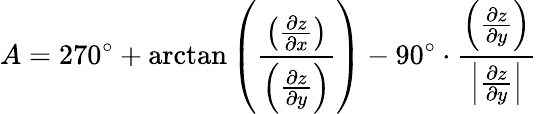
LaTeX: A=270^{\circ}+\arctan\left({\frac{\left({\frac{\partial z}{\partial x}}\right)}{\left({\frac{\partial z}{\partial y}}\right)}}\right)-90^{\circ}\cdot{\frac{\left({\frac{\partial z}{\partial y}}\right)}{\left|{\frac{\partial z}{\partial y}}\right|}}